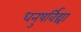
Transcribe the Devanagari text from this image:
धनुषर्विद्या